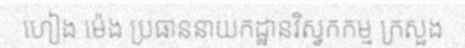
ហៀង ម៉េង ប្រធាននាយកដ្ឋានវិស្វកកម្ម ក្រសួង